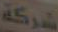
شركة